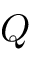
Q